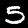
Digit: 5